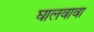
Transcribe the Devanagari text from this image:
घालवावा